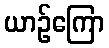
ယာဉ်ကြော